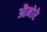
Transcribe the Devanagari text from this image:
औनोरे